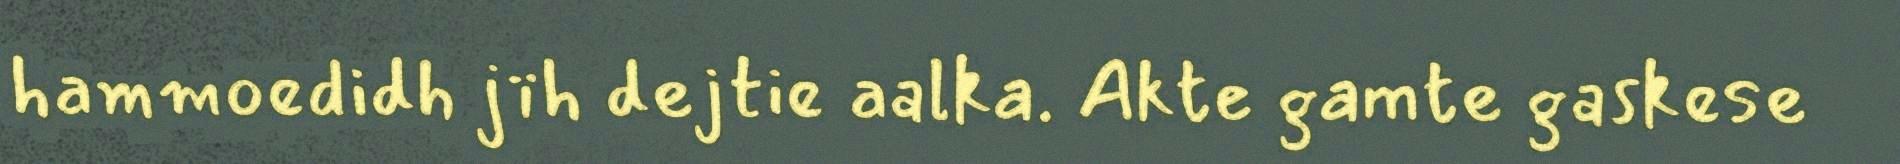
hammoedidh jïh dejtie aalka. Akte gamte gaskese